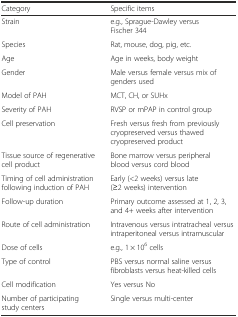
<table><thead><tr><td><b>Category</b></td><td><b>Specific items</b></td></tr></thead><tbody><tr><td>Strain</td><td>e.g., Sprague-Dawley versus Fischer 344</td></tr><tr><td>Species</td><td>Rat, mouse, dog, pig, etc.</td></tr><tr><td>Age</td><td>Age in weeks, body weight</td></tr><tr><td>Gender</td><td>Male versus female versus mix of genders used</td></tr><tr><td>Model of PAH</td><td>MCT, CH, or SUHx</td></tr><tr><td>Severity of PAH</td><td>RVSP or mPAP in control group</td></tr><tr><td>Cell preservation</td><td>Fresh versus fresh from previously cryopreserved versus thawed cryopreserved product</td></tr><tr><td>Tissue source of regenerative cell product</td><td>Bone marrow versus peripheral blood versus cord blood</td></tr><tr><td>Timing of cell administration following induction of PAH</td><td>Early (&lt;2 weeks) versus late (≥2 weeks) intervention</td></tr><tr><td>Follow-up duration</td><td>Primary outcome assessed at 1, 2, 3, and 4+ weeks after intervention</td></tr><tr><td>Route of cell administration</td><td>Intravenous versus intratracheal versus intraperitoneal versus intramuscular</td></tr><tr><td>Dose of cells</td><td>e.g., 1 × 10<sup>6</sup> cells</td></tr><tr><td>Type of control</td><td>PBS versus normal saline versus fibroblasts versus heat-killed cells</td></tr><tr><td>Cell modification</td><td>Yes versus No</td></tr><tr><td>Number of participating study centers</td><td>Single versus multi-center</td></tr></tbody></table>